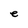
Character: e